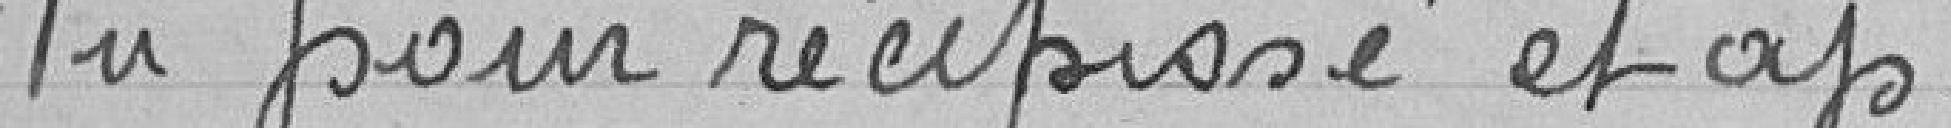
Vu pour récépissé et ap: